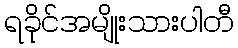
ရခိုင်အမျိုးသားပါတီ